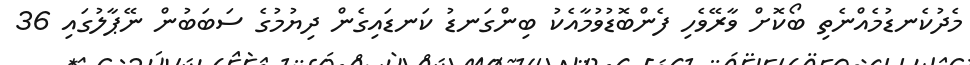
މެދުކެނޑުމެއްނެތި ބޯކޮށް ވާރޭވެހި ފެންބޮޑުވުމާއެކު ބިންގަނޑު ކަނޑައިގެން ދިޔުމުގެ ސަބަބުން ނޭޕާލުގައި 36